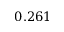
0 . 2 6 1